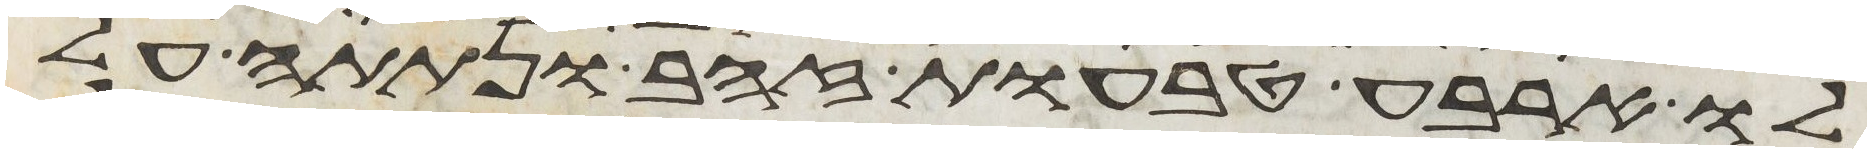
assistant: לו ארבע טבעות זהב ונתתה על